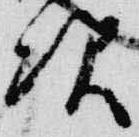
次